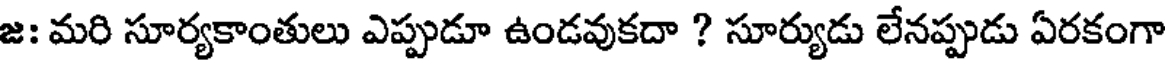
జ: మరి సూర్యకాంతులు ఎప్పుడూ ఉండవుకదా ? సూర్యుడు లేనప్పుడు ఏరకంగా